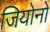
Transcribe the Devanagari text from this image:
जियोनो